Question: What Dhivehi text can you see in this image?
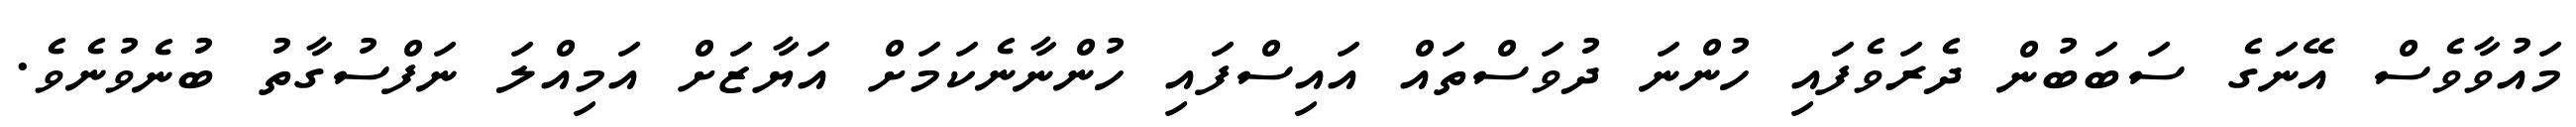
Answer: މައުވާވެސް އޭނަގެ ސަބަބުން ދެރަވެފައި ހުންނަ ދުވަސްތައް އައިސްފައި ހުންނާނެކަމަށް އަޔާޒަށް އަމިއްލަ ނަފްސުގާތު ބުނެވުނެވެ.